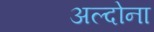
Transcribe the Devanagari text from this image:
अल्दोना